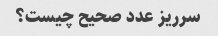
سرریز عدد صحیح چیست؟